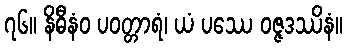
၇၆။ နိဓီနံဝ ပဝတ္တာရံ၊ ယံ ပဿေ ဝဇ္ဇဒဿိနံ။